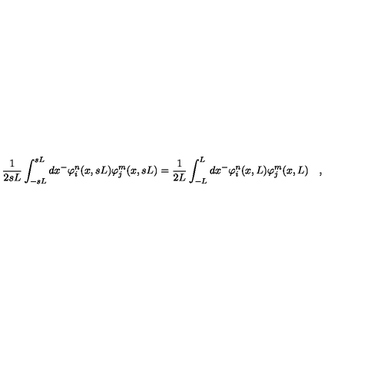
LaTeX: \frac { 1 } { 2 s L } \int _ { - s L } ^ { s L } d x ^ { - } \varphi _ { i } ^ { n } ( x , s L ) \varphi _ { j } ^ { m } ( x , s L ) = \frac { 1 } { 2 L } \int _ { - L } ^ { L } d x ^ { - } \varphi _ { i } ^ { n } ( x , L ) \varphi _ { j } ^ { m } ( x , L ) \quad ,